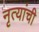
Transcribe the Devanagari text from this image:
नृत्यांची